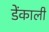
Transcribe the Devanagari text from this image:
डेंकाली